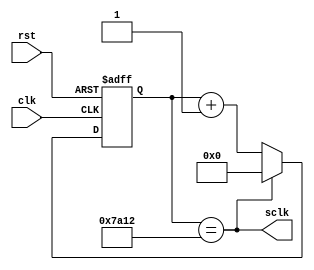
`timescale 1ns / 1ps

module clk_div_sclk( //Divisor de frecuencia para obtener sclk 706,71 kHz (16 veces 44,1 kHz)
	input wire clk,rst,
	output wire sclk
    );

reg[14:0] contador_sclk, contador_sclk_next;
wire pulse_sclk;

always@(posedge clk, posedge rst)
	begin
		if(rst)
			contador_sclk <= 15'b0;
		else
			contador_sclk <= contador_sclk_next;
	end

always@*
	begin
		contador_sclk_next = (pulse_sclk)? 15'b0: contador_sclk + 1'b1;
	end

assign pulse_sclk = (contador_sclk == 15'd31250);
assign sclk = pulse_sclk;

 

endmodule